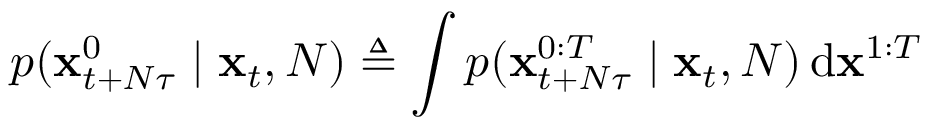
p ( \mathbf { x } _ { t + N \tau } ^ { 0 } \mid \mathbf { x } _ { t } , N ) \triangleq \int p ( \mathbf { x } _ { t + N \tau } ^ { 0 : T } \mid \mathbf { x } _ { t } , N ) \, \mathrm { d } \mathbf { x } ^ { 1 : T }